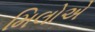
મિલોએ